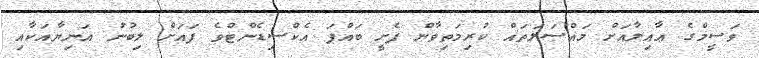
ވަސީމްގެ ޢާއިލާއަށް މައްސަލަތައް ކުރިމަތިވާން ފެށީ ބައްޕަ އެކްސިޑެންޓްވެ ފައަށް ލިބުނު އަނިޔާއަކާއި